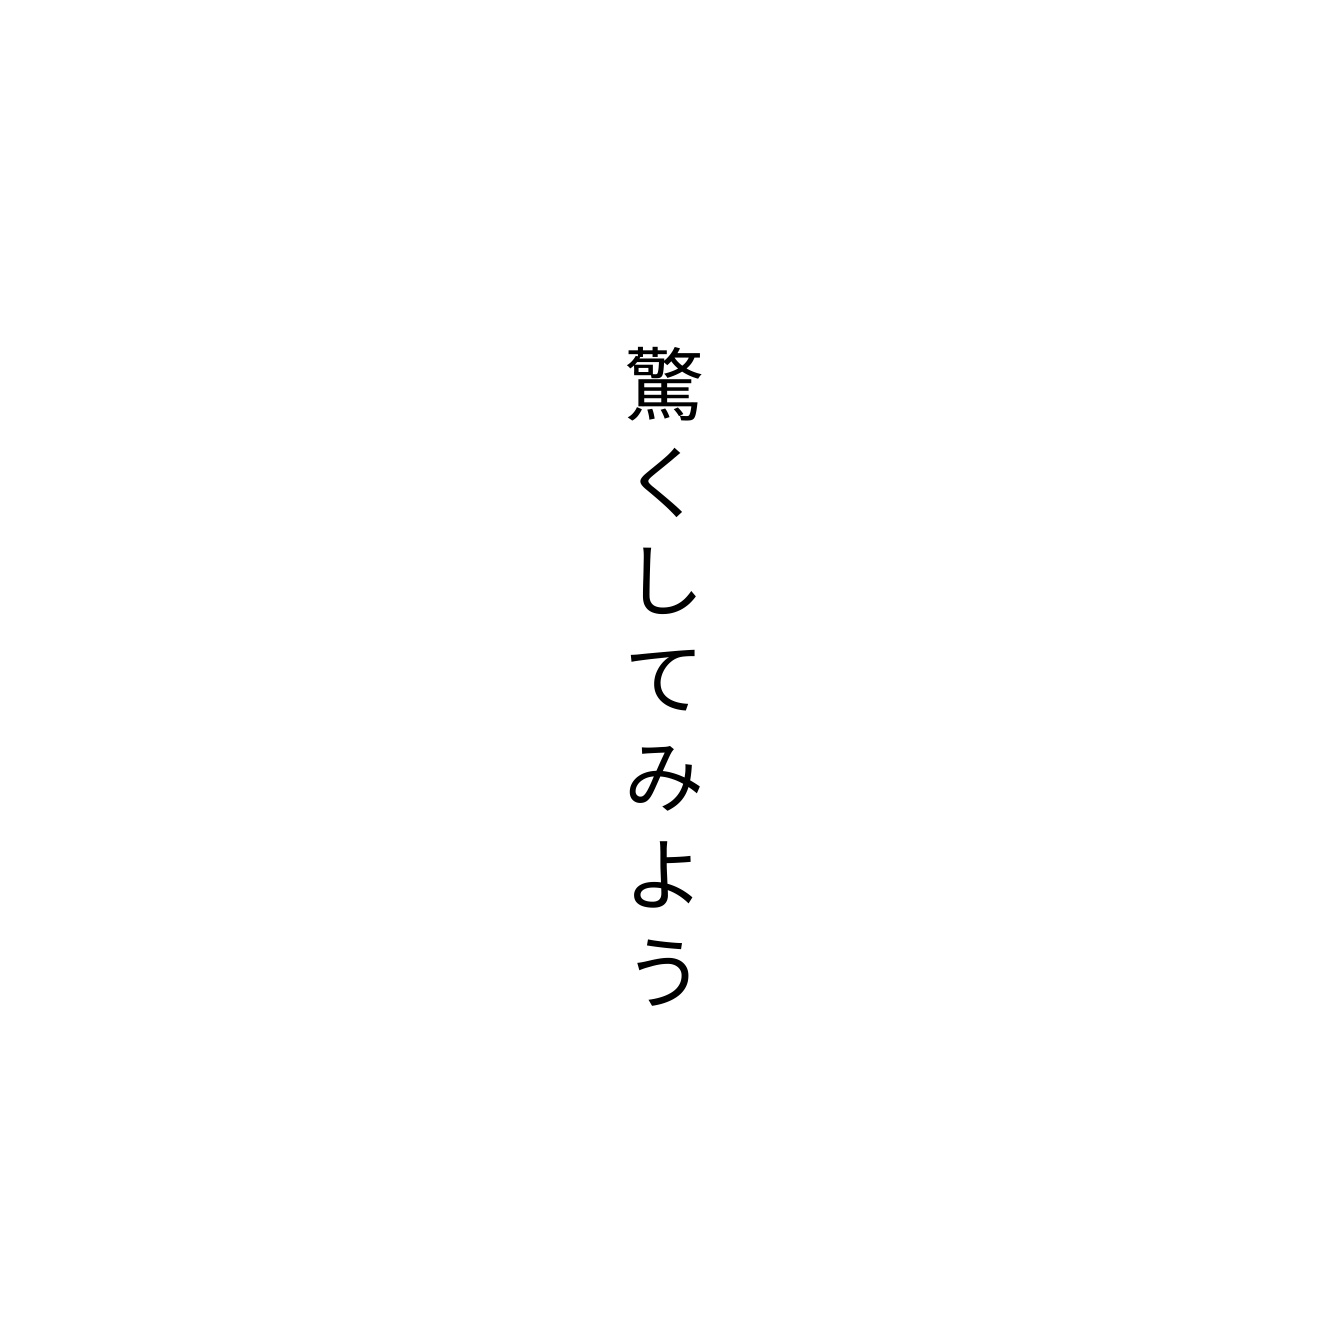
驚くしてみよう